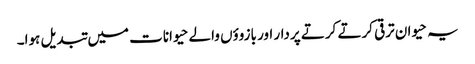
یہ حیوان ترقی کرتے کرتے پردار اور بازووٴں والے حیوانات میں تبدیل ہوا۔